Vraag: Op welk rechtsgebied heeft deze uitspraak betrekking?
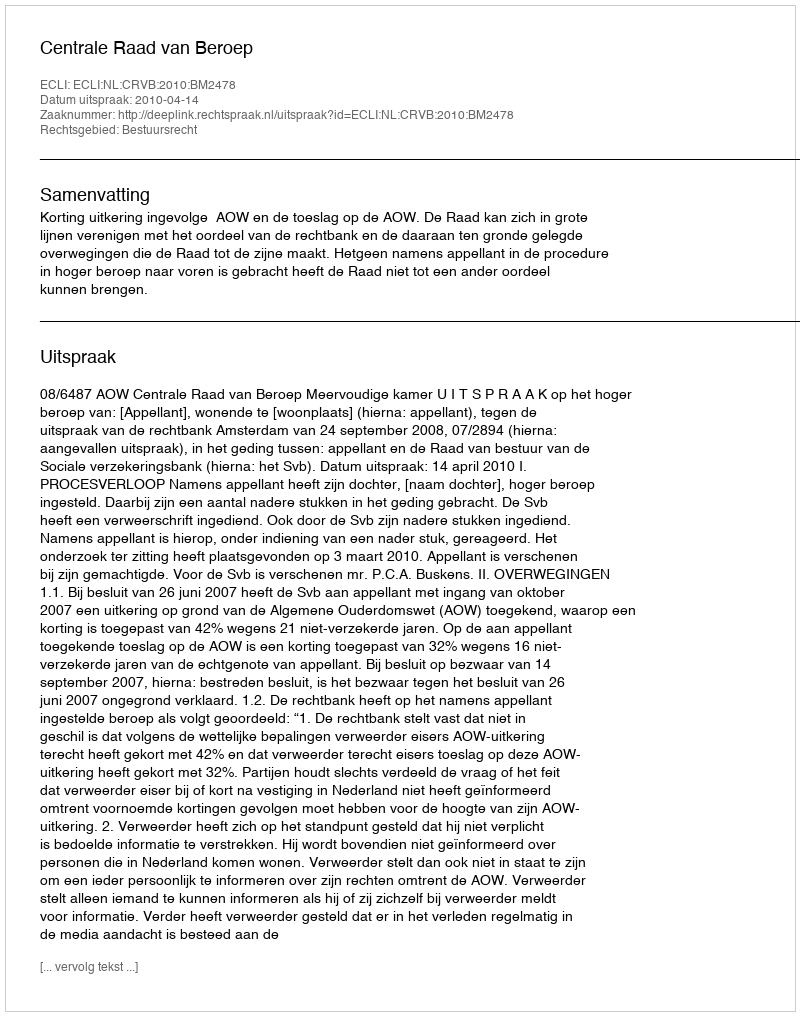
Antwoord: Bestuursrecht